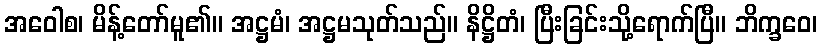
အဝေါစ၊ မိန့်တော်မူ၏။ အဋ္ဌမံ၊ အဋ္ဌမသုတ်သည်။ နိဋ္ဌိတံ၊ ပြီးခြင်းသို့ရောက်ပြီ။ ဘိက္ခဝေ၊